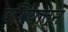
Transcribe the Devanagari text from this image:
पर्शियातून